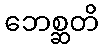
ဘေစ္ဆတိ